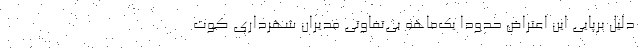
دلیل برپایی این اعتراض حدودا یک‌ماهه بی‌تفاوتی مدیران شهرداری کوت